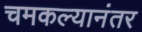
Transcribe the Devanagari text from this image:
चमकल्यानंतर